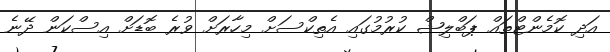
އަދި ކޮމެންޓްތައް ޕަބްލިޝް ކުރުމުގައި އެތިކްސަށް މިހާރަށް ވުރެ ބޮޑަށް އިސްކަން ދޭނެ